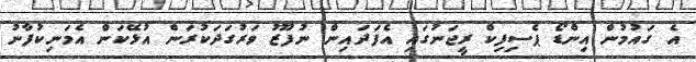
އެ ގައުމުން އިންޑޯ ޕެސިފިކް ރީޖަނުގައި އެފަދައިން ނުފޫޒު ވަރުގަދަކުރަން އުޅޭކަން އެމަނިކުފާނު